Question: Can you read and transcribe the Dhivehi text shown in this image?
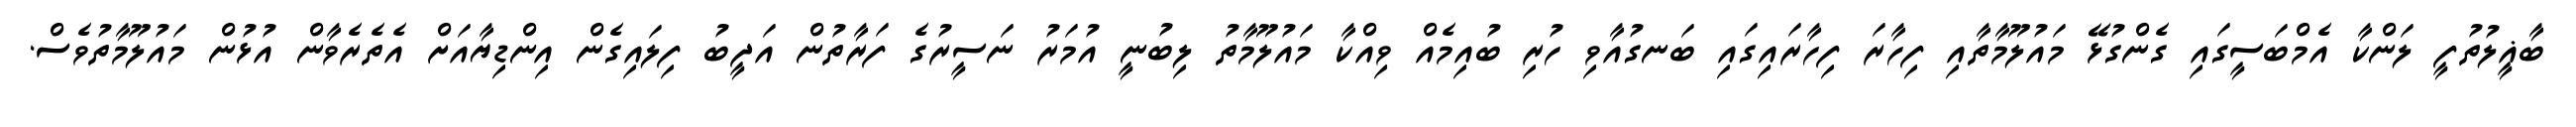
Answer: ބާޣީލުތުފީ ލަންކާ އެމްބަސީގައި ގެންގުޅޭ މައުލޫމާތާއި ފިހާރަ ފިހާރައިގައި ބަނގުއާވި ހުރި ބުއިމެއް ވިއްކާ މައުލޫމާތު ލިބުނީ އުމަރު ނަސީރުގެ ފަރާތުން އަދީބު ފިލައިގެން އިންޑިޔާއަށް އެތެރެވާން އުޅުން މައުލޫމާތުވެސް.